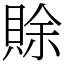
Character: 賖